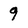
Character: 9